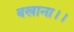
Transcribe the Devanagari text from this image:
बखाना।।